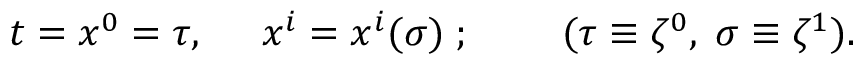
t = x ^ { 0 } = \tau , \; \; \; \; \; x ^ { i } = x ^ { i } ( \sigma ) { \; } ; \; \; \; \; \; \; \; \; ( \tau \equiv \zeta ^ { 0 } , \; \sigma \equiv \zeta ^ { 1 } ) .